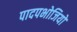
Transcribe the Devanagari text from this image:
पादपभोजियों